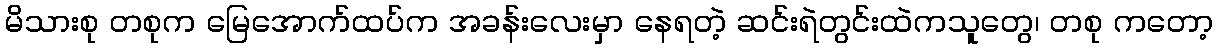
မိသားစု တစုက မြေအောက်ထပ်က အခန်းလေးမှာ နေရတဲ့ ဆင်းရဲတွင်းထဲကသူတွေ၊ တစု ကတော့